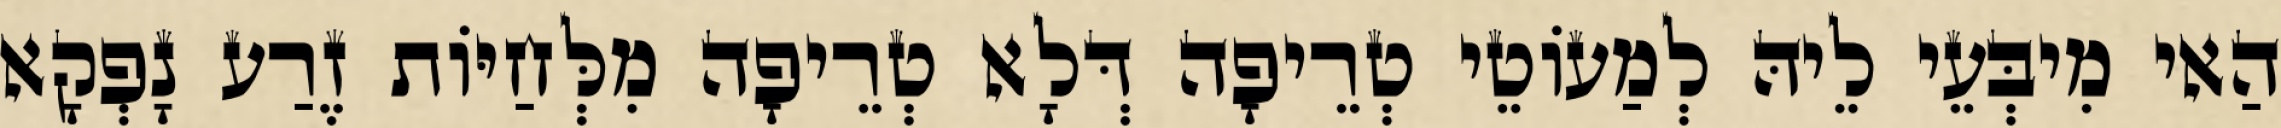
הַאי מִיבְּעֵי לֵיהּ לְמַעוֹטֵי טְרֵיפָה דְּלָא טְרֵיפָה מִלְּחַיּוֹת זֶרַע נָפְקָא